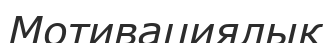
Мотивациялық